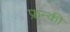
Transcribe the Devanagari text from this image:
फ्रन्की